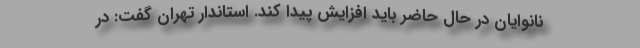
نانوایان در حال حاضر باید افزایش پیدا کند. استاندار تهران گفت: در